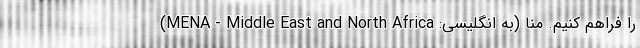
را فراهم کنیم. منا (به انگلیسی: MENA - Middle East and North Africa)